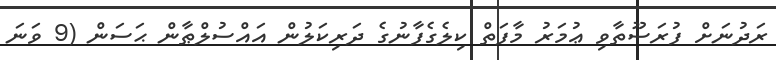
ރަދުނަށް ފުރަސޫތާވި ޢުމަރު މާފަތް ކިލެގެފާނުގެ ދަރިކަލުން އައްސުލްޠާން ޙަސަން (9 ވަނަ